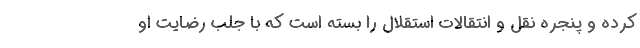
کرده و پنجره نقل و انتقالات استقلال را بسته است که با جلب رضایت او